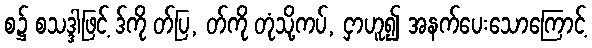
စ၌ စသဒ္ဒါဖြင့် ဒ်ကို တ်ပြ, တ်ကို တုံသို့ကပ်, ငှာဟူ၍ အနက်ပေးသောကြောင့်